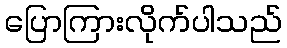
ပြောကြားလိုက်ပါသည်